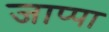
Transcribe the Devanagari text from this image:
जाप्पा